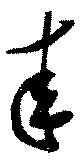
來